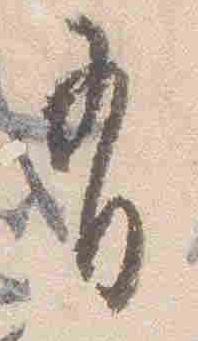
有